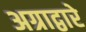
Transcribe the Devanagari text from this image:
अग्राद्वारे